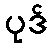
ပုဒ်